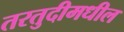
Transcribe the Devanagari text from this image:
तरतुदीमधील